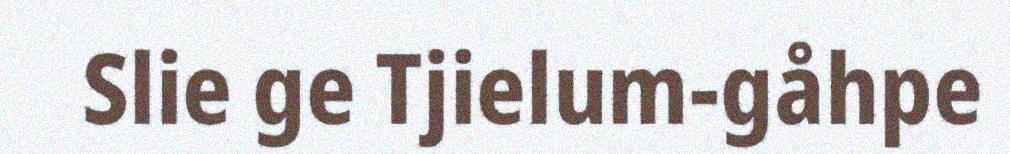
Slie ge Tjielum-gåhpe